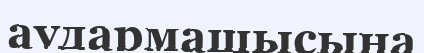
аудармашысына